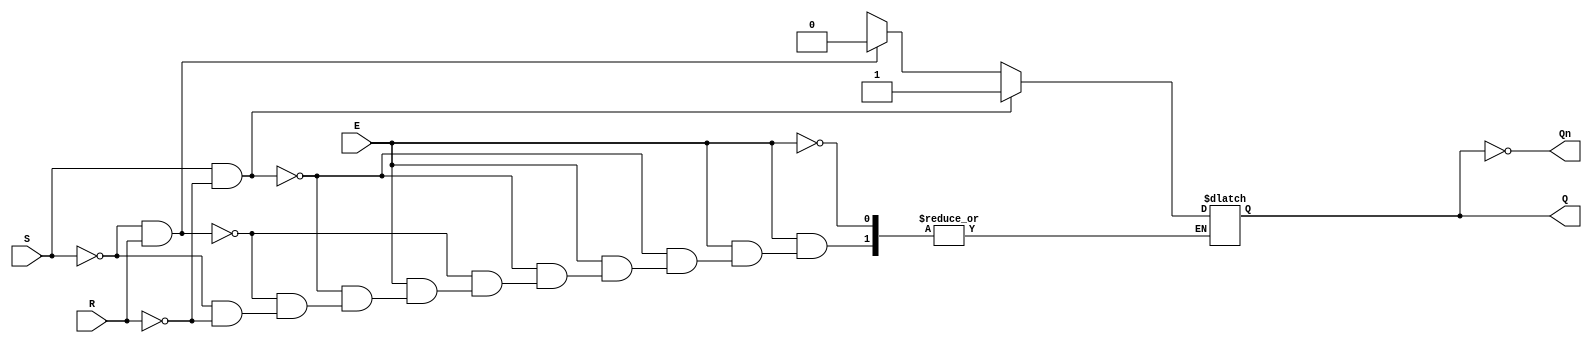
module gated_sr_latch (
    input wire S,      // Set input
    input wire R,      // Reset input
    input wire E,      // Enable input
    output reg Q,      // Output Q
    output wire Qn     // Complementary output Q'
);

// Complementary output
assign Qn = ~Q;

// Always block for the gated SR latch behavior
always @(*) begin
    if (E) begin
        // When Enable is active
        if (S && !R) begin
            Q = 1'b1;   // Set Q to 1
        end else if (!S && R) begin
            Q = 1'b0;   // Reset Q to 0
        end else if (!S && !R) begin
            // Maintain current state (no change)
            Q = Q;      // Hold current value
        end else begin
            // Invalid condition (S = 1 and R = 1)
            Q = 1'bx;   // Undefined state
        end
    end else begin
        // When Enable is inactive, retain previous state
        Q = Q;          // Hold current value
    end
end

endmodule